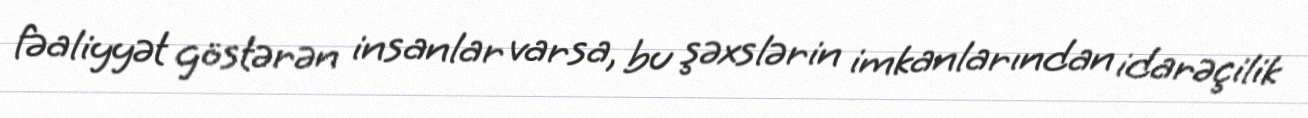
fəaliyyət göstərən insanlar varsa, bu şəxslərin imkanlarından idarəçilik